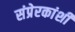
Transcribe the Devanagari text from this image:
संप्रेरकांशी